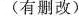
（有删减）